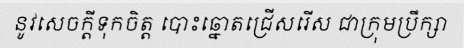
នូវសេចក្តីទុកចិត្ត បោះឆ្នោតជ្រើសរើស ជាក្រុមប្រឹក្សា